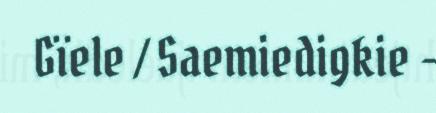
Gïele / Saemiedigkie -